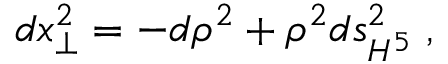
d x _ { \perp } ^ { 2 } = - d \rho ^ { 2 } + \rho ^ { 2 } d s _ { H ^ { 5 } } ^ { 2 } \; ,